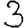
Digit: 3